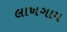
લાખગામ